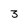
Character: 3